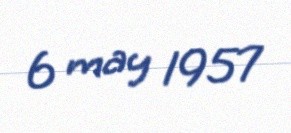
6 may 1957